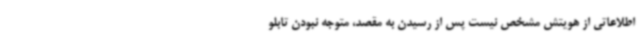
اطلاعاتی از هویتش مشخص نیست پس از رسیدن به مقصد، متوجه نبودن تابلو